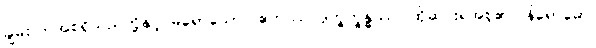
ချမ်းသာအစရှိသည်တို့နှင့် မရောသော။ ဧတဿ ဒုက္ခက္ခန္ဓဿ၊ ထိုဆင်းရဲအစု၏။ နိရောဓော၊